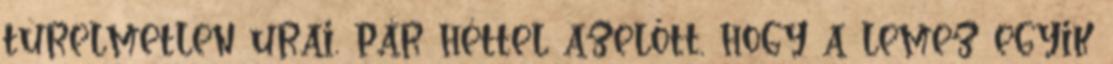
türelmetlen urai, pár héttel azelőtt, hogy a lemez egyik